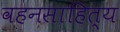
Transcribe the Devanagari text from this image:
वहनसाहित्य